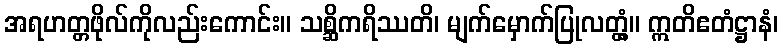
အရဟတ္တဖိုလ်ကိုလည်းကောင်း။ သစ္ဆိကရိဿတိ၊ မျက်မှောက်ပြုလတ္တံ့။ ဣတိဧတံဋ္ဌာနံ၊